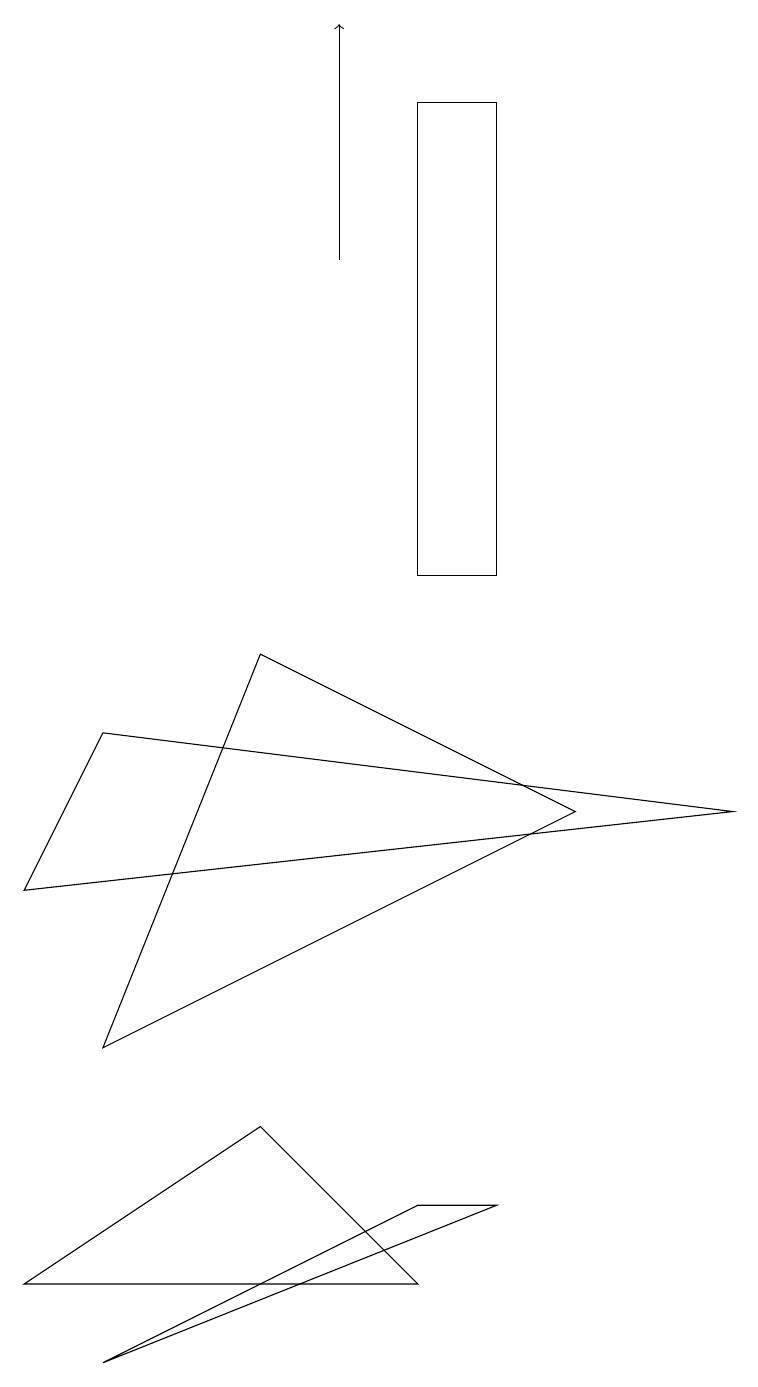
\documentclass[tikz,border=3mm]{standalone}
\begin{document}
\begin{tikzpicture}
\draw (1,0) -- (6,2) -- (5,2) -- cycle;
\draw (9,7) -- (1,8) -- (0,6) -- cycle;
\draw (6,10) rectangle (5,16);
\draw (0,1) -- (5,1) -- (3,3) -- cycle;
\draw[->] (4,14) -- (4,17);
\draw (1,4) -- (3,9) -- (7,7) -- cycle;
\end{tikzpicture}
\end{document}